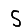
Digit: 5